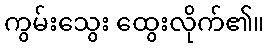
ကွမ်းသွေး ထွေးလိုက်၏။